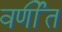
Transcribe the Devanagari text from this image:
वर्णीत